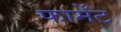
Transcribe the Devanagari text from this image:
फार्मेंट